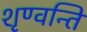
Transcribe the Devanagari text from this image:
शृण्वन्ति